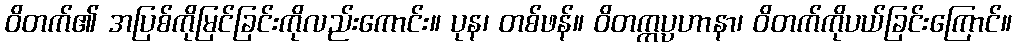
ဝိတက်၏ အပြစ်ကိုမြင်ခြင်းကိုလည်းကောင်း။ ပုန၊ တစ်ဖန်။ ဝိတက္ကပ္ပဟာနာ၊ ဝိတက်ကိုပယ်ခြင်းကြောင်။